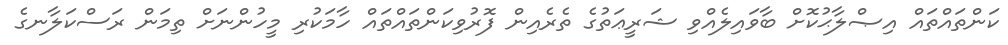
ކަންތައްތައް އިޞްލާޙުކޮށް ބާވައިލެއްވި ޝަރީޢަތުގެ ތެރެއިން ފޮރުވިކަންތައްތައް ހާމަކުރި މީހުންނަށް ތިމަން ރަސްކަލާނގެ